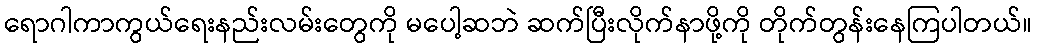
ရောဂါကာကွယ်ရေးနည်းလမ်းတွေကို မပေါ့ဆဘဲ ဆက်ပြီးလိုက်နာဖို့ကို တိုက်တွန်းနေကြပါတယ်။